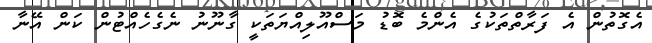
އެގޮތުން އެ ފަރާތްތަކުގެ އެންމެ ބޮޑު މަސްއޫލިއްޔަތަކީ ގާނޫނު ނެގެހެއްޓުން ކަން އޭނާ